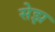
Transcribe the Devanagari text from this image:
सेझ